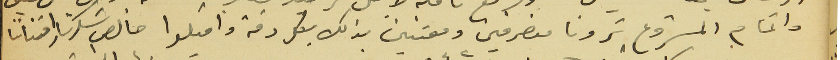
واتمام المشروع ترونا منصرفين ومعتنين بذلك بكل دقة واقبلوا خالص شكرنا وامتاننا